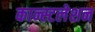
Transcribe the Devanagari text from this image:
कान्स्टलेशन